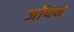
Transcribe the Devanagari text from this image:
जॉयन